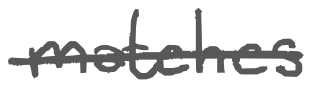
Text: matches
Cross-out: single-line
Writing tool: digital_gray